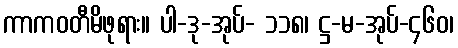
ကာကဝတီမိဖုရား။ ပါ-ဒု-အုပ်- ၁၁၈၊ ဋ္ဌ-မ-အုပ်-၄၆၀၊